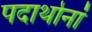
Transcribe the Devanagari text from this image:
पदार्थानां